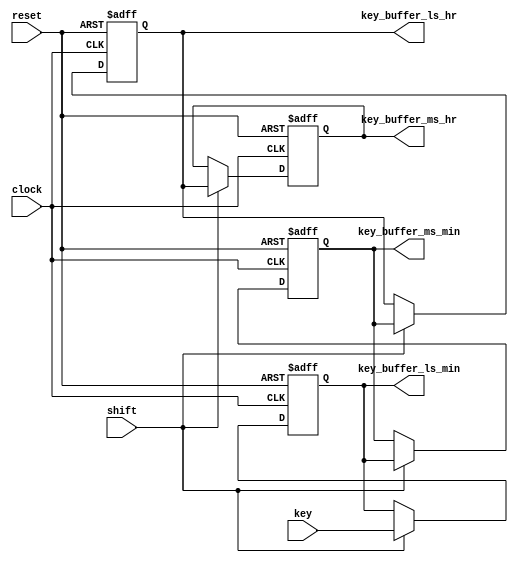
/********************************************************************************************
Filename:	keyreg.v   

Description:	This is a functional description of Alarm clock
                Key register unit .It is a shift register which stores the key time .

*********************************************************************************************/

module keyreg(reset,
              clock,
              shift,
              key,
              key_buffer_ls_min,
              key_buffer_ms_min,
              key_buffer_ls_hr,
              key_buffer_ms_hr);
// Define input and output port direction
  input reset,
        clock,
        shift;
  input [3:0] key;
  output reg [3:0]  key_buffer_ls_min,
                    key_buffer_ms_min,
                    key_buffer_ls_hr,
                    key_buffer_ms_hr;



///////////////////////////////////////////////////////////////////
// This procedure stores the last 4 keys pressed. The FSM block
// detects the new key value and triggers the shift pulse to shift
// in the new key value.
///////////////////////////////////////////////////////////////////
always @(posedge clock or posedge reset)
begin
  // For asynchronous reset, reset the key_buffer output register to 1'b0
  if (reset)
  begin
    key_buffer_ls_min <= 0;
    key_buffer_ms_min <= 0;
    key_buffer_ls_hr <= 0;
    key_buffer_ms_hr <= 0;
  end
  // Else if there is a shift, perform left shift from LS_MIN to MS_HR
  else  if (shift == 1)
  begin
    key_buffer_ms_hr  <= key_buffer_ls_hr;
    key_buffer_ls_hr  <= key_buffer_ms_min;
    key_buffer_ms_min <= key_buffer_ls_min;
    key_buffer_ls_min <= key;
  end

end

endmodule